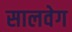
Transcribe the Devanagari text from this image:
सालवेग